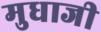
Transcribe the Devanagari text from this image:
मुधाजी